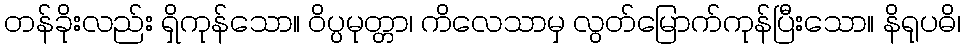
တန်ခိုးလည်း ရှိကုန်သော။ ဝိပ္ပမုတ္တာ၊ ကိလေသာမှ လွတ်မြောက်ကုန်ပြီးသော။ နိရုပဓိ၊